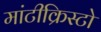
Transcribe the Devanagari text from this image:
मांटीक्रिस्टो